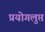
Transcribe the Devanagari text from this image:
प्रयोगलुप्त